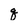
Character: q